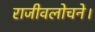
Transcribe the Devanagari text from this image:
राजीवलोचने।